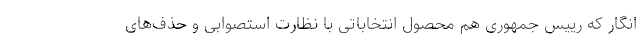
انگار که رییس جمهوری هم محصول انتخاباتی با نظارت استصوابی و حذف‌های